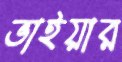
ভাইয়ার